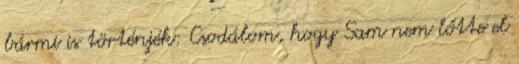
bármi is történjék: Csodálom, hogy Sam nem lőtte el